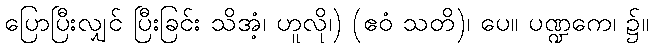
ပြောပြီးလျှင် ပြီးခြင်း သိအံ့၊ ဟူလို၊) (ဧဝံ သတိ)၊ ပေ။ ပဏ္ဍကေ၊ ၌။